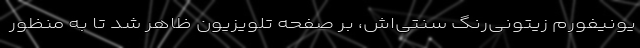
یونیفورم زیتونی‌رنگ سنتی‌اش، بر صفحه تلویزیون ظاهر شد تا به منظور